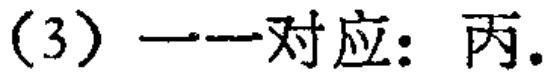
（3）一一对应：丙.